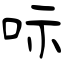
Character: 呩